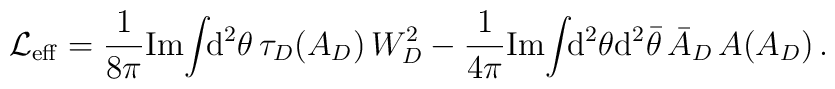
{\cal L}_{\rm eff}= \frac{1}{8\pi}{\rm Im}\!\int\!\!  {\rm d}^2\theta \,\tau_D(A_D)\,W^2_D-\frac{1}{4\pi}{\rm Im}\!\int\!\!  {\rm d}^2\theta {\rm d}^2\bar\theta\,\bar A_D\,A (A_D)\,.